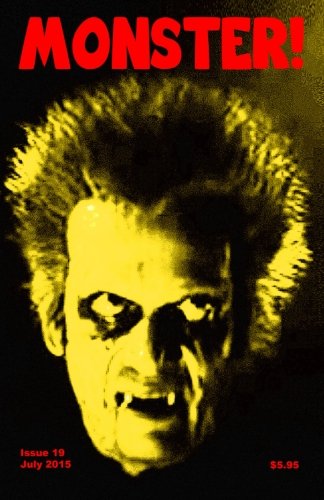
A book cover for Monster! #19; Tim Paxton; Humor & Entertainment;